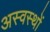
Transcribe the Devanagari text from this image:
अस्वस्थों